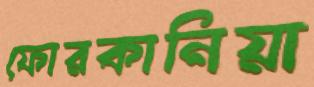
ফোরকানিয়া